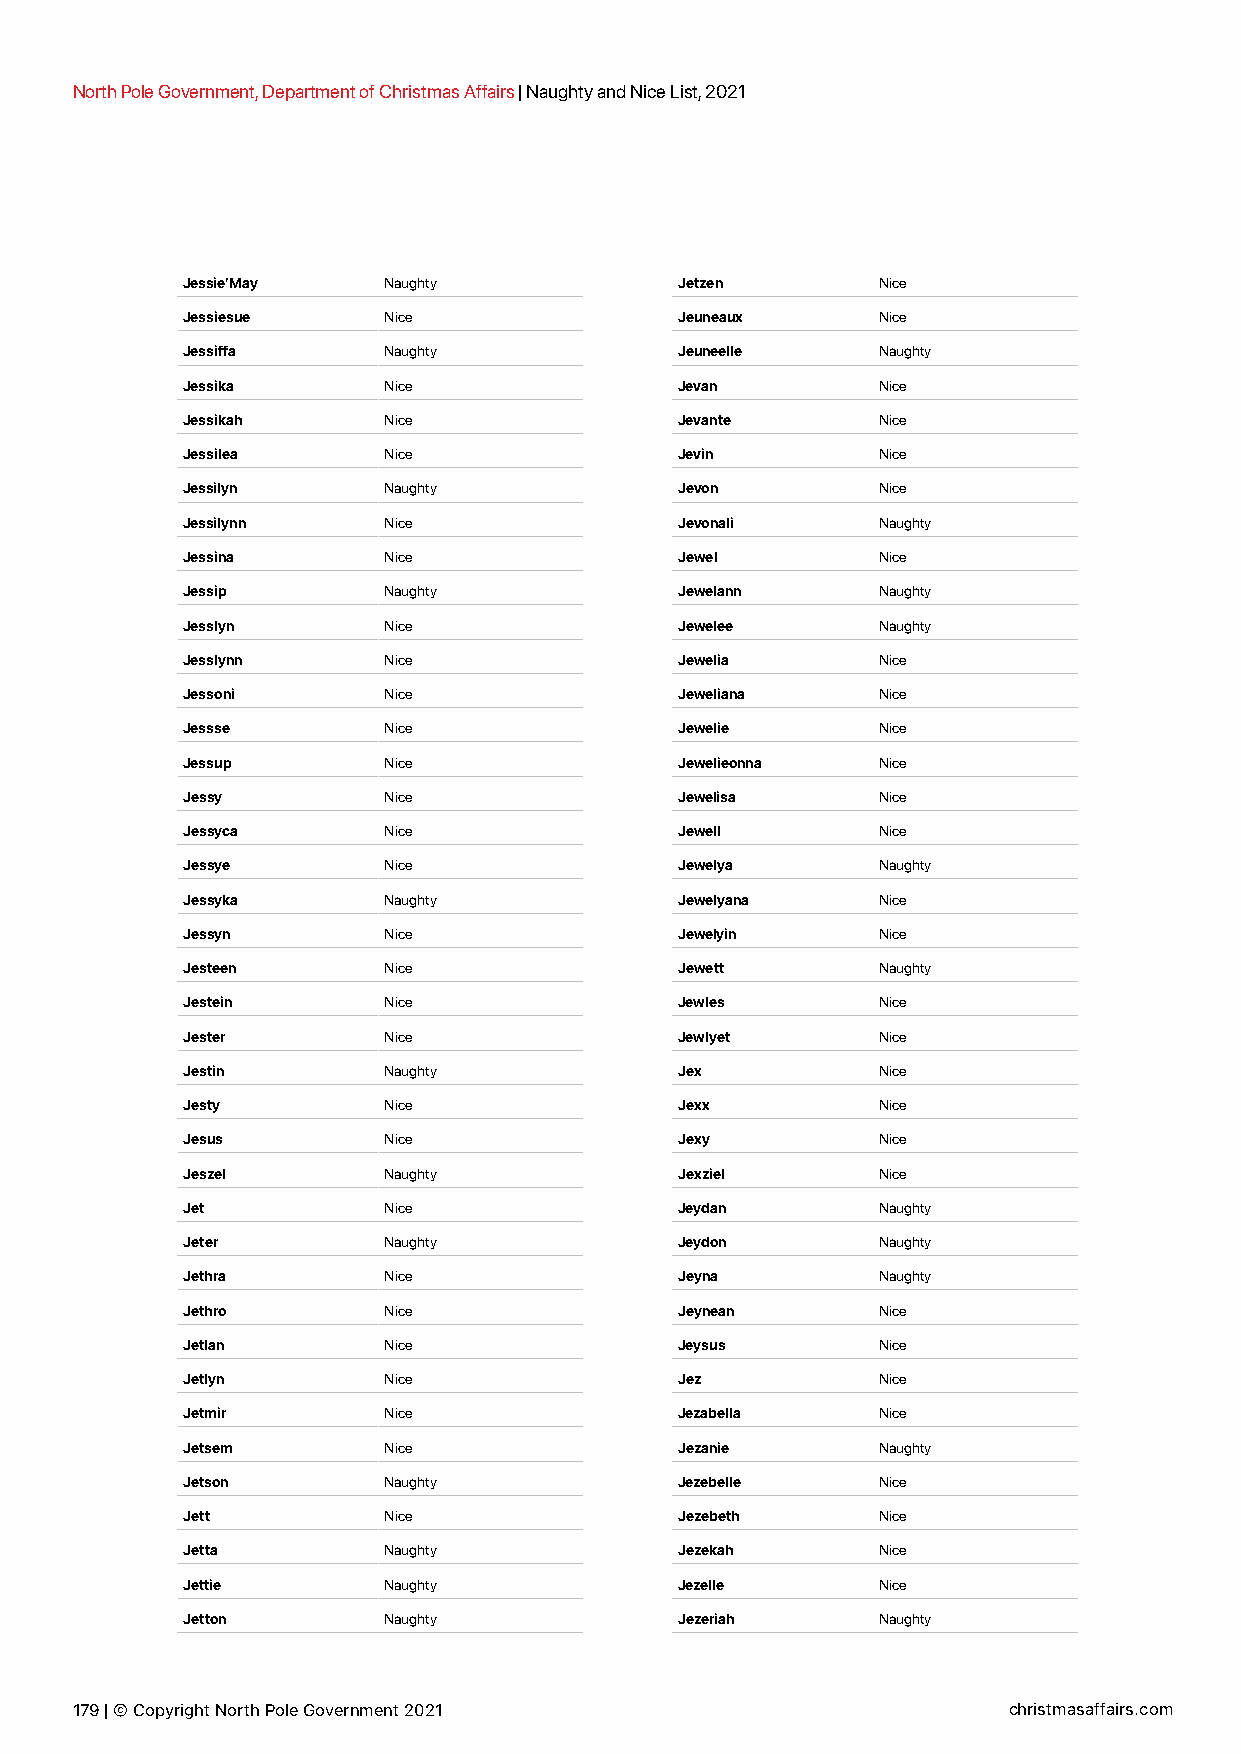
North Pole Government, Department of Christmas Affairs | Naughty and Nice List, 2021
 Jessie’May   Naughty             Jetzen       Nice
 Jessiesue    Nice                Jeuneaux     Nice
 Jessiffa     Naughty             Jeuneelle    Naughty
 Jessika      Nice                Jevan        Nice
 Jessikah     Nice                Jevante      Nice
 Jessilea     Nice                Jevin        Nice
 Jessilyn     Naughty             Jevon        Nice
 Jessilynn    Nice                Jevonali     Naughty
 Jessina      Nice                Jewel        Nice
 Jessip       Naughty             Jewelann     Naughty
 Jesslyn      Nice                Jewelee      Naughty
 Jesslynn     Nice                Jewelia      Nice
 Jessoni      Nice                Jeweliana    Nice
 Jessse       Nice                Jewelie      Nice
 Jessup       Nice                Jewelieonna  Nice
 Jessy        Nice                Jewelisa     Nice
 Jessyca      Nice                Jewell       Nice
 Jessye       Nice                Jewelya      Naughty
 Jessyka      Naughty             Jewelyana    Nice
 Jessyn       Nice                Jewelyin     Nice
 Jesteen      Nice                Jewett       Naughty
 Jestein      Nice                Jewles       Nice
 Jester       Nice                Jewlyet      Nice
 Jestin       Naughty             Jex          Nice
 Jesty        Nice                Jexx         Nice
 Jesus        Nice                Jexy         Nice
 Jeszel       Naughty             Jexziel      Nice
 Jet          Nice                Jeydan       Naughty
 Jeter        Naughty             Jeydon       Naughty
 Jethra       Nice                Jeyna        Naughty
 Jethro       Nice                Jeynean      Nice
 Jetlan       Nice                Jeysus       Nice
 Jetlyn       Nice                Jez          Nice
 Jetmir       Nice                Jezabella    Nice
 Jetsem       Nice                Jezanie      Naughty
 Jetson       Naughty             Jezebelle    Nice
 Jett         Nice                Jezebeth     Nice
 Jetta        Naughty             Jezekah      Nice
 Jettie       Naughty             Jezelle      Nice
 Jetton       Naughty             Jezeriah     Naughty
 179 | © Copyright North Pole Government 2021                  christmasaffairs.com